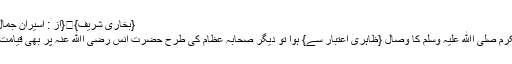
{بخاری شریف}	{از : اسیران جمال مصطفی}
جب نبی مکرم صلی اﷲ علیہ وسلم کا وصال {ظاہری اعتبار سے} ہوا تو دیگر صحابہ عظام کی طرح حضرت انس رضی اﷲ عنہ پر بھی قیامت ٹوٹ پڑی۔